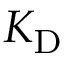
K _ { \mathrm { D } }